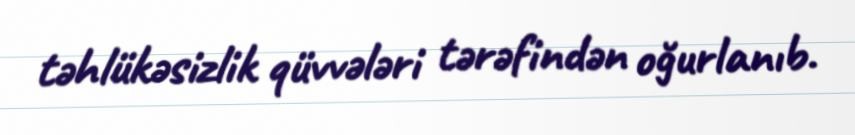
təhlükəsizlik qüvvələri tərəfindən oğurlanıb.